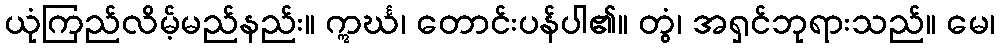
ယုံကြည်လိမ့်မည်နည်း။ ဣင်္ဃ၊ တောင်းပန်ပါ၏။ တွံ၊ အရှင်ဘုရားသည်။ မေ၊